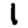
Digit: 1